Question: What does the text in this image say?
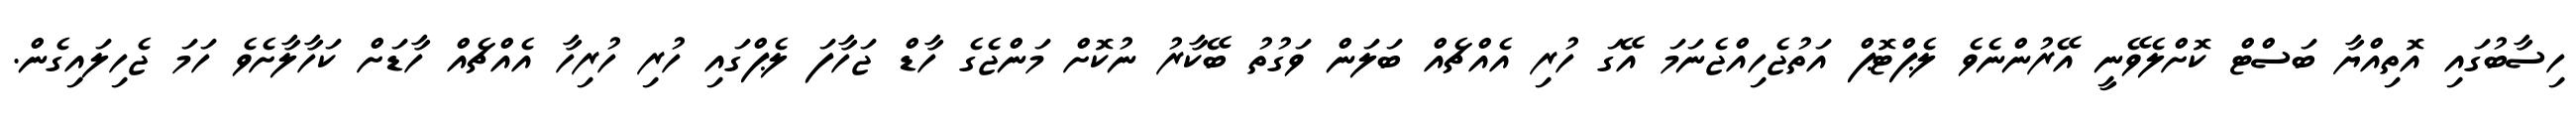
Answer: ހިސާބުގައި އޮތިއްޔާ ބަސްޓް ކޮށްލެވޭނީ އޭރުންނެވެ ލެޕްޓޮޕް އަތުޖެހިއްޖެނަމަ އޭގަ ހުރި އެއްޗެއް ބަލަން ވަގުތު ބޭކާރު ނުކޮށް މަންޖެގެ ހާޑް ޖަހާފަ ލެޕްގައި ހުރި ހުރިހާ އެއްޗެއް ހާޑަށް ކަހާލާށެވެ ހަމަ ޖެހިލައިގެން.